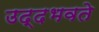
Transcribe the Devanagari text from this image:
उद्दभवते